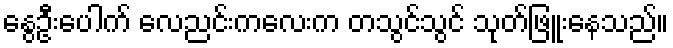
နွေဦးပေါက် လေညင်းကလေးက တသွင်သွင် သုတ်ဖြူးနေသည်။